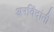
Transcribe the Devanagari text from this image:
अरविंदांनी